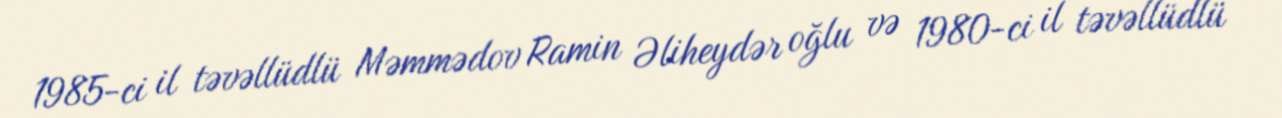
1985-ci il təvəllüdlü Məmmədov Ramin Əliheydər oğlu və 1980-ci il təvəllüdlü